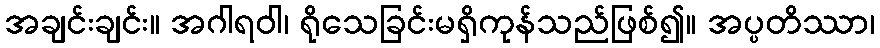
အချင်းချင်း။ အဂါရဝါ၊ ရိုသေခြင်းမရှိကုန်သည်ဖြစ်၍။ အပ္ပတိဿာ၊